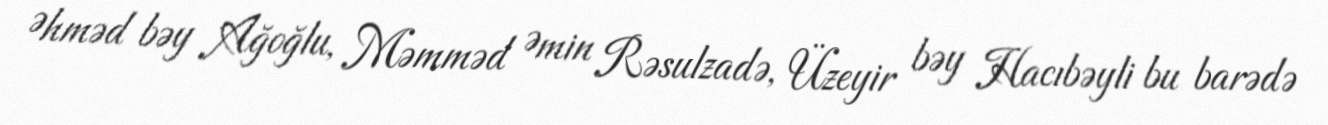
Əhməd bəy Ağoğlu, Məmməd Əmin Rəsulzadə, Üzeyir bəy Hacıbəyli bu barədə